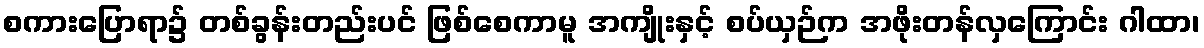
စကားပြောရာ၌ တစ်ခွန်းတည်းပင် ဖြစ်စေကာမူ အကျိုးနှင့် စပ်ယှဉ်က အဖိုးတန်လှကြောင်း ဂါထာ၊